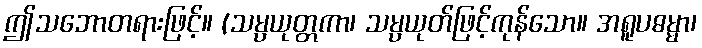
ဤသဘောတရားဖြင့်။ (သမ္ပယုတ္တကာ၊ သမ္ပယုတ်ဖြင့်ကုန်သော။ အရူပဓမ္မာ၊